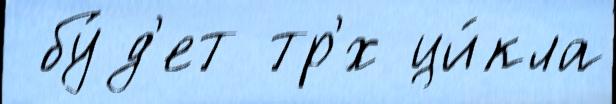
 бу́д'ет тр'́х ци́кла